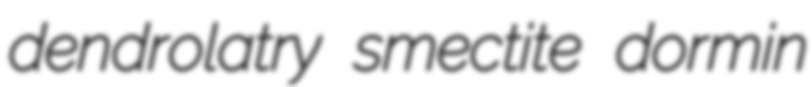
dendrolatry smectite dormin